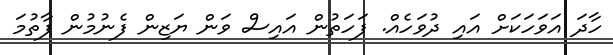
ހާދަ އަވަހަކަށް އައި ދުވަހެއް. ފަހަތުން އައިސް ވަން ޔަޒިން ފެނުމުން ފާތުމަ